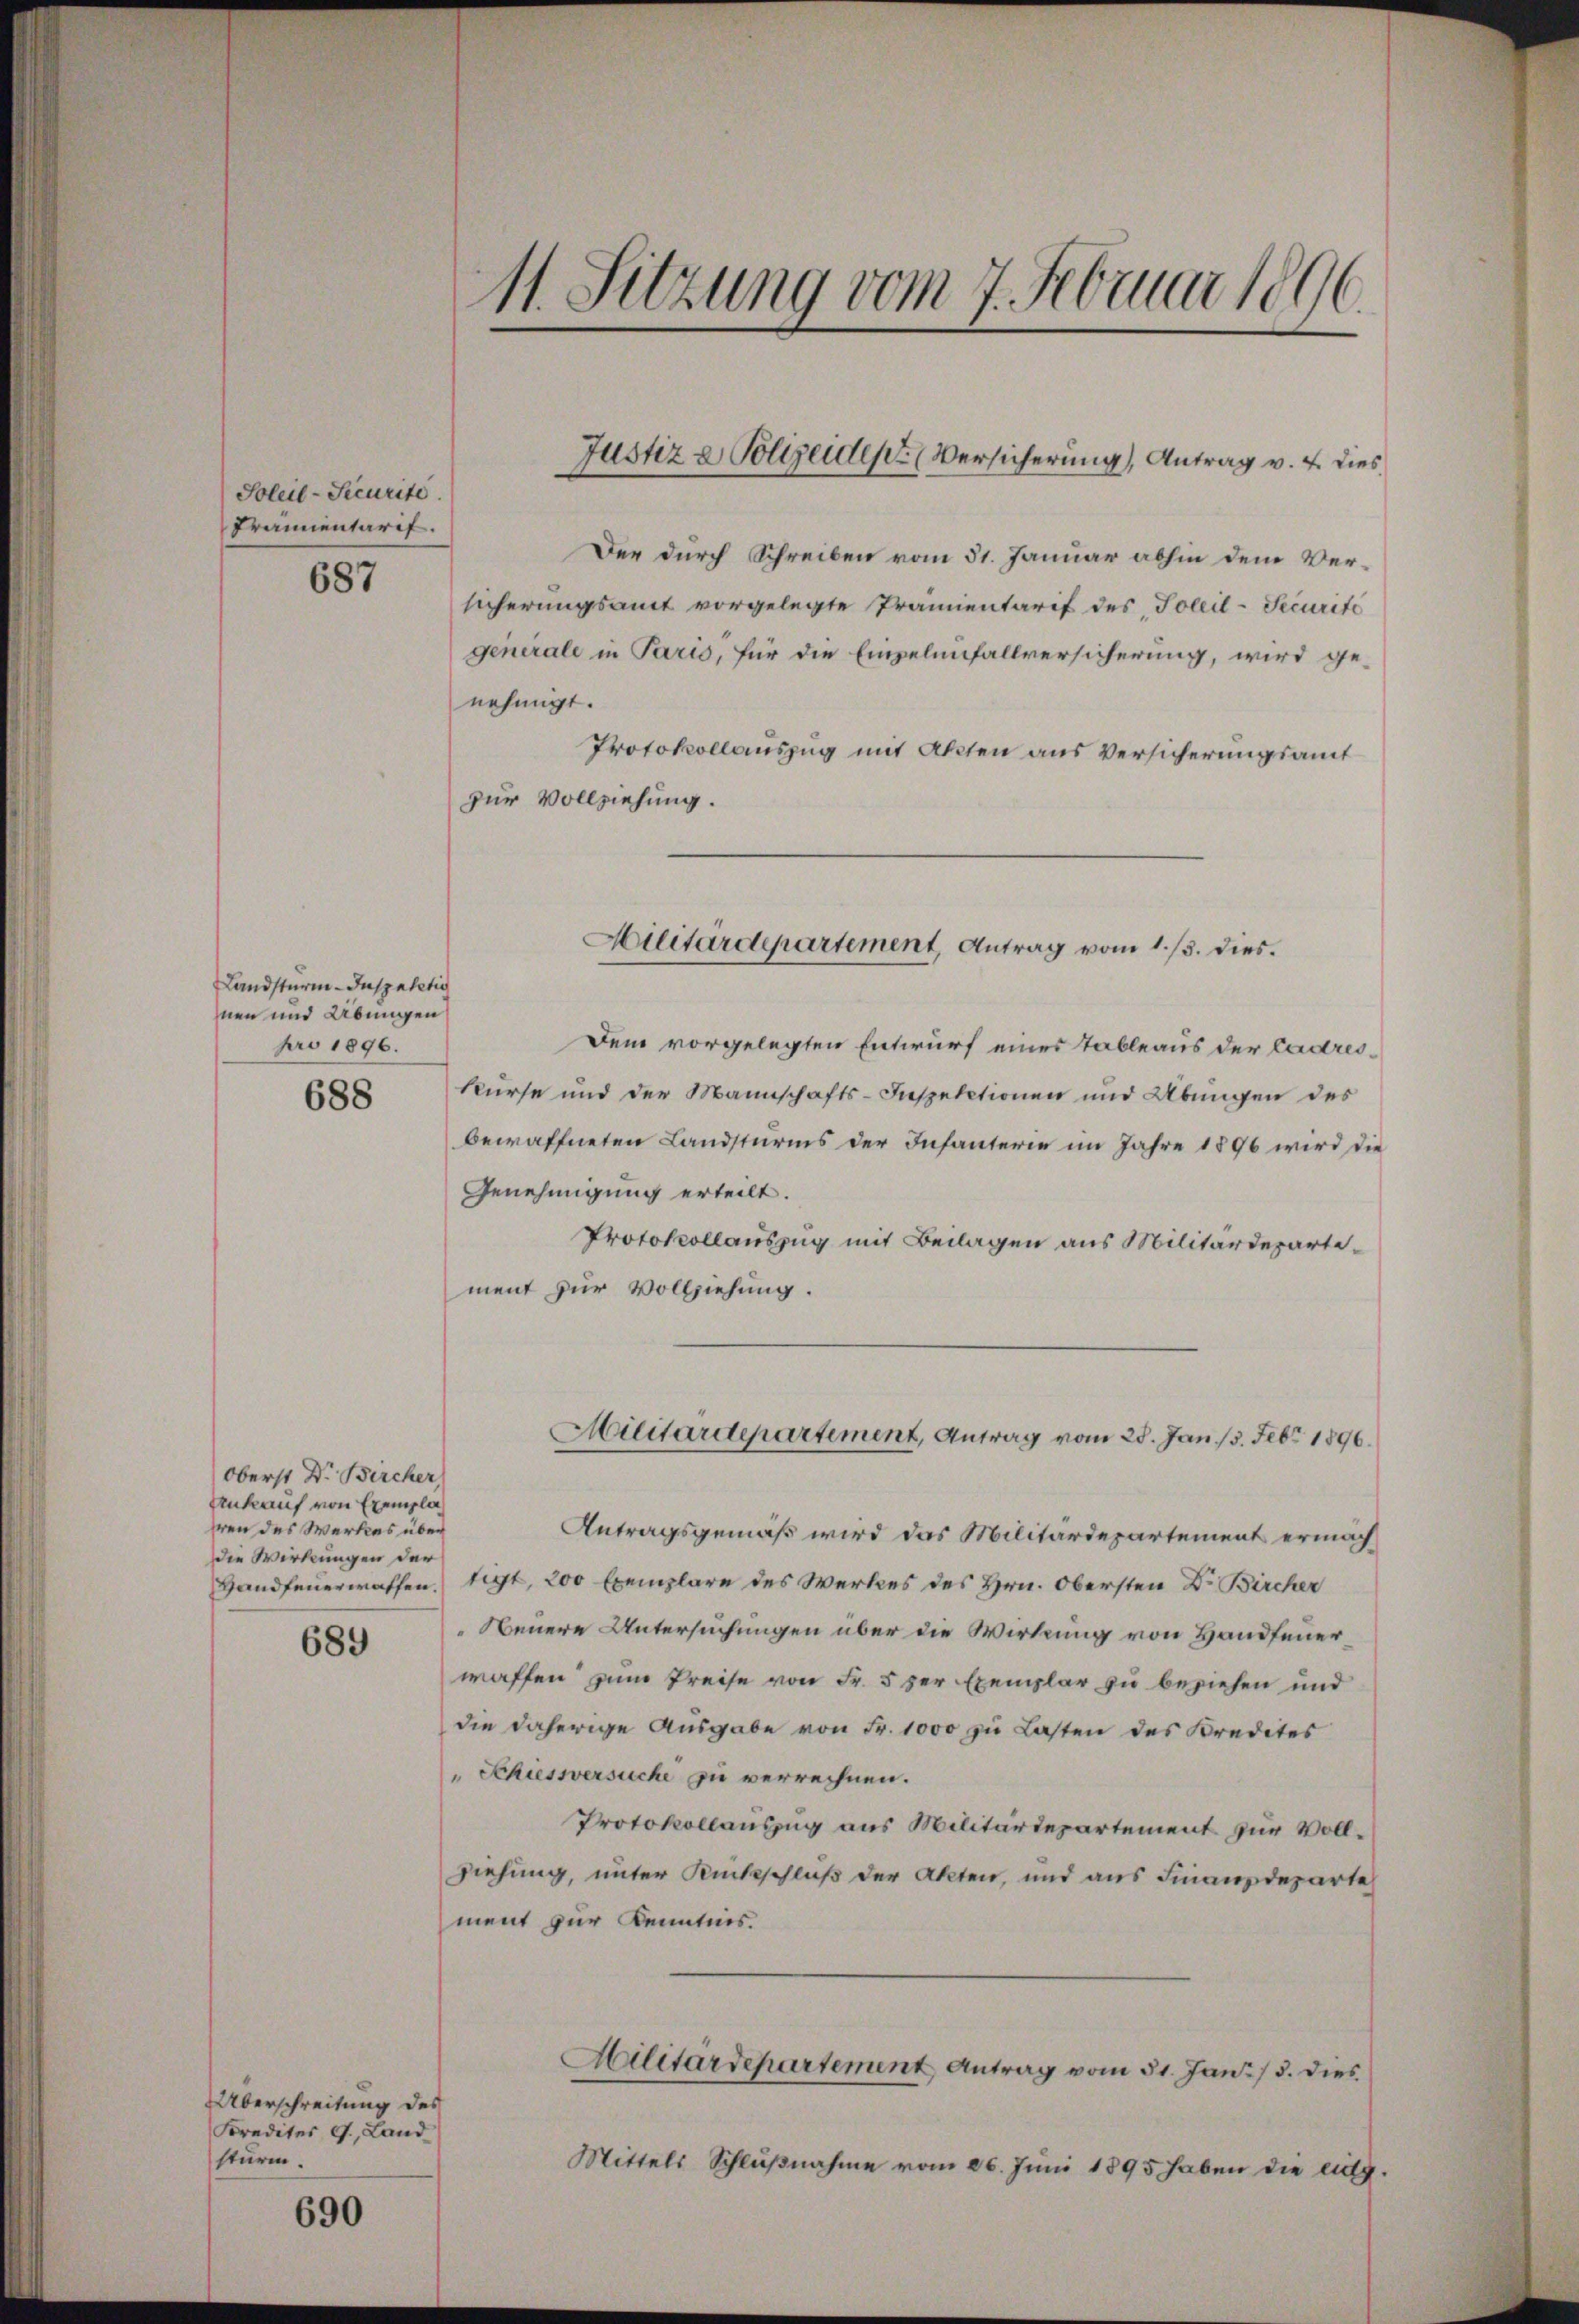
Soleil-Securite.
Fräunentarif.
687

Landsturm-Inspetitio
nen und Übungen
pro 1896.

688

Oberst Dr. Bircher
Ankauf von Exempla
hren des Werkes über
die Wirkungen der

689

Überschreitung des
Kredites J. Land
sturm.

690

Der durch Schreiben vom 31. Januar abhin dem Versicherungsamt vorgelegte Prämientarif des Soleil-Securité
generale in Paris, für die Einzelenfallversicherung, wird ge-
nehmigt.
Protokollauszug mit Akten aus Versicherungsamt
zur Vollziehung.

11. Sitzung vom 7. Februar 1896.

Justiz & Polizeiden Versicherung, Antrag v. 4. dies

Dem vorgelegten Entwurf eines Tableaus der Cadreskurse und der Mannschafts-Inspectionen und Übungen des
bewaffneten Landsturms der Infanterie im Jahre 1896 wird die
Genehmigung erteilt.
Protokollauszug mit Beilagen aus Militärdepartement zur Vollziehung.
Antragsgemäß wird das Militärdepartement ermach¬
Handfeuerwaffen. Sigt, 200 Exemplare des Werkes des Hrn. Obersten Dr. Bircher
Neuere Untersuchungen über die Wirkung von Handfeuerwaffen zum Preise von Fr. 5 der Exemplar zu beziehen und
die daherige Ausgabe von Fr. 1000 zu Lasten des Kredites
" Schiessversuche zu verrechnen.
Protokollauszug aus Militärdepartement zur Vollziehung, unter Rückschluß der Akten, und aus Finanzdeparte
ment zur Kenntnis.
Militärdepartement Antrag vom 31. Jan. / 5. dies
Mittels Schlŭβnahme vom 26. Juni 1895 haben die lit.

Militärdepartement, Antrag vom 1. /3. dies.

Militärdepartement, Antrag vom 25. Jan. 13. Febr. 1896.